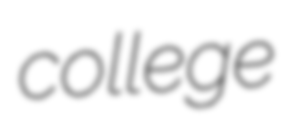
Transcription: college